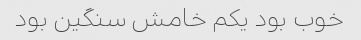
خوب بود یکم خامش سنگین بود